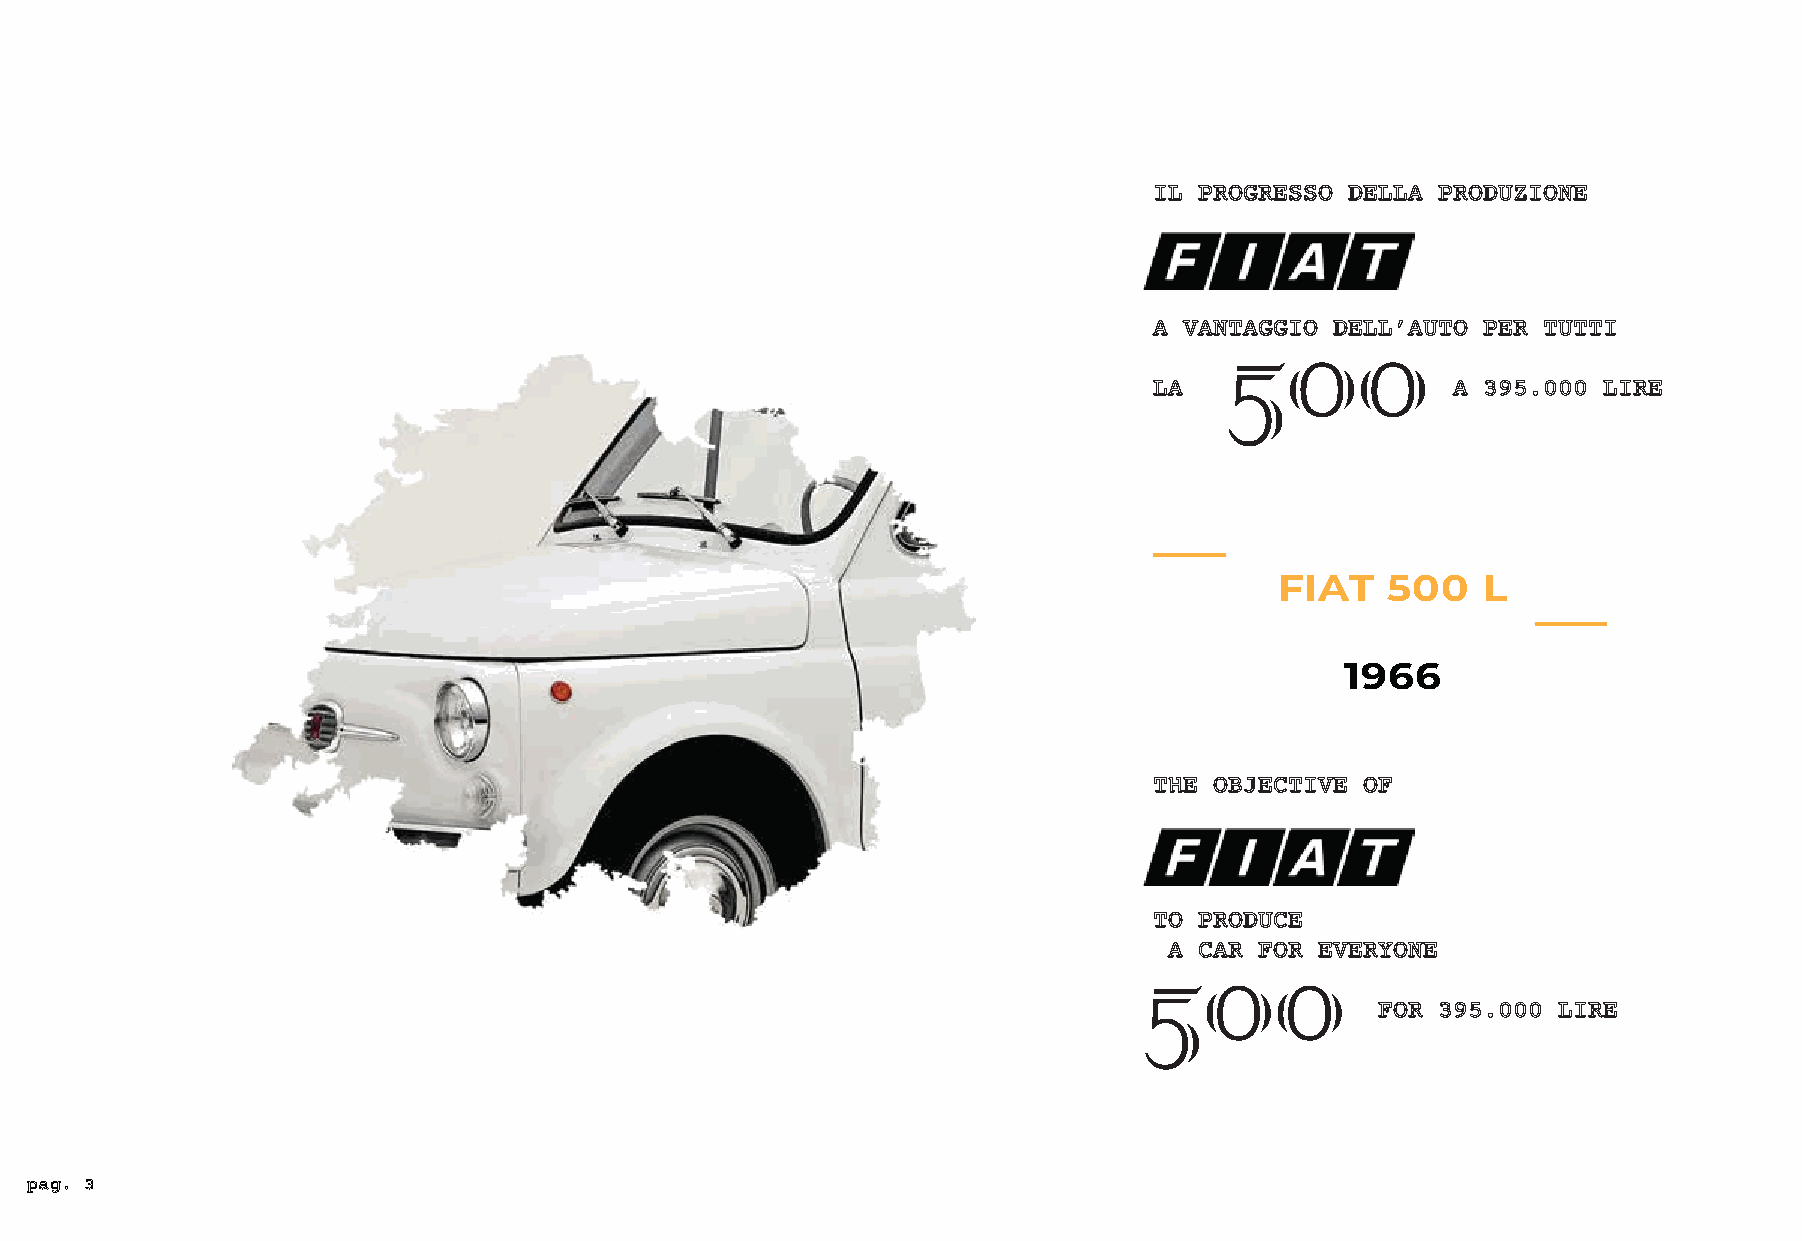
IL PROGRESSO DELLA PRODUZIONE
 A VAN5TAGG0IO DE0LL’AUTO PER TUTTI
 LA                  A 395.000 LIRE
 FIAT   500   L
 1966
 THE OBJECTIVE OF
 TO PRODUCE
 5 A C0AR FO0R EVERYONE
 FOR 395.000 LIRE
 pag. 3